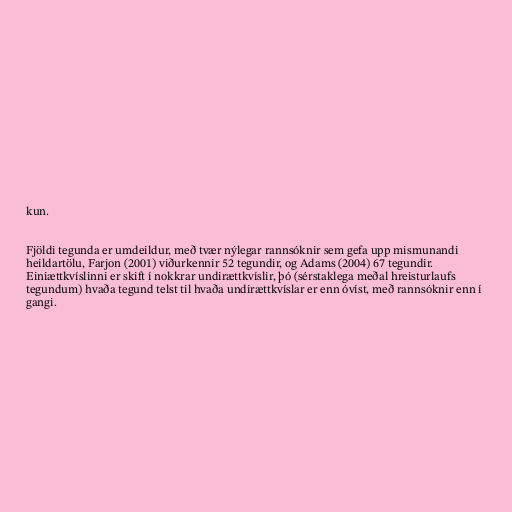
kun.

Fjöldi tegunda er umdeildur, með tvær nýlegar rannsóknir sem gefa upp mismunandi
heildartölu, Farjon (2001) viðurkennir 52 tegundir, og Adams (2004) 67 tegundir.
Einiættkvíslinni er skift í nokkrar undirættkvíslir, þó (sérstaklega meðal hreisturlaufs
tegundum) hvaða tegund telst til hvaða undirættkvíslar er enn óvíst, með rannsóknir enn í
gangi.